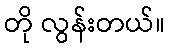
တို လွန်းတယ်။